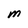
Character: M